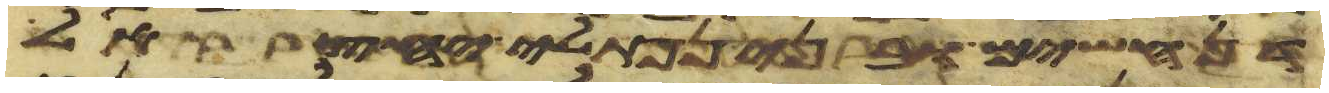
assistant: דן חשים ובני נפתלי יחצאל